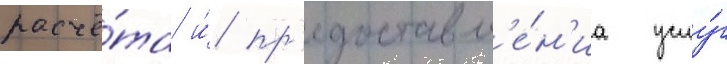
расчё́та и́ пр'едоставл'е́н'иа услу́г